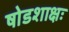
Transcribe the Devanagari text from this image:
षोडशाक्षः